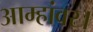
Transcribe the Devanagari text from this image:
आम्हांवर।